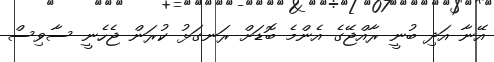
އޭނާ އަދި ބުނީ ރާއްޖޭގެ އެންމެ ބޮޑަށް ރަނގަޅު ކުރަން ޖެހެނީ ސާވިސް